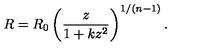
R = R _ { 0 } \left( \frac z { 1 + k z ^ { 2 } } \right) ^ { 1 / ( n - 1 ) } .